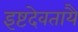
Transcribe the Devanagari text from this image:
इष्टदेवतायै